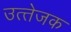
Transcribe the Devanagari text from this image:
उत्‍तेजक